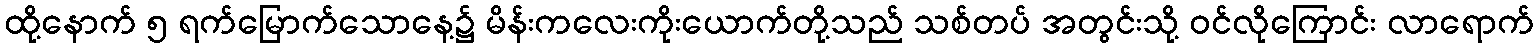
ထို့နောက် ၅ ရက်မြောက်သောနေ့၌ မိန်းကလေးကိုးယောက်တို့သည် သစ်တပ် အတွင်းသို့ ဝင်လိုကြောင်း လာရောက်